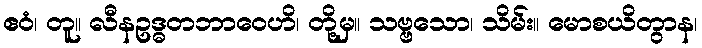
ဧဝံ၊ တူ။ လီနဥဒ္ဓတဘာဝေဟိ၊ တို့မှ။ သဗ္ဗသော၊ သိမ်း။ မောစယိတွာန၊